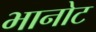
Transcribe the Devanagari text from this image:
भानोट